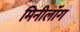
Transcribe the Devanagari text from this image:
मिनीलॉग